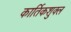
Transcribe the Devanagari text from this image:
कार्तिकशुक्ल